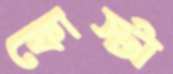
কোস্টা